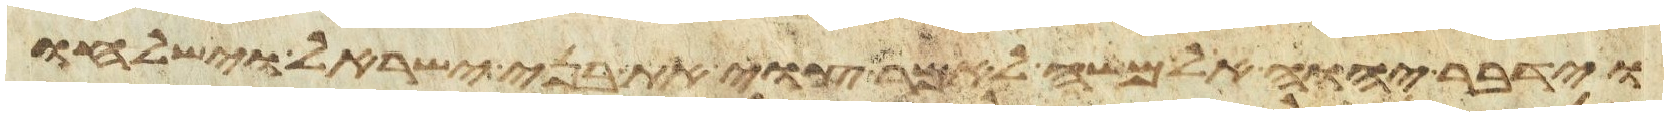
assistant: וידבר יהוה אל משה לאמר צוי את בני ישראל וישלחו